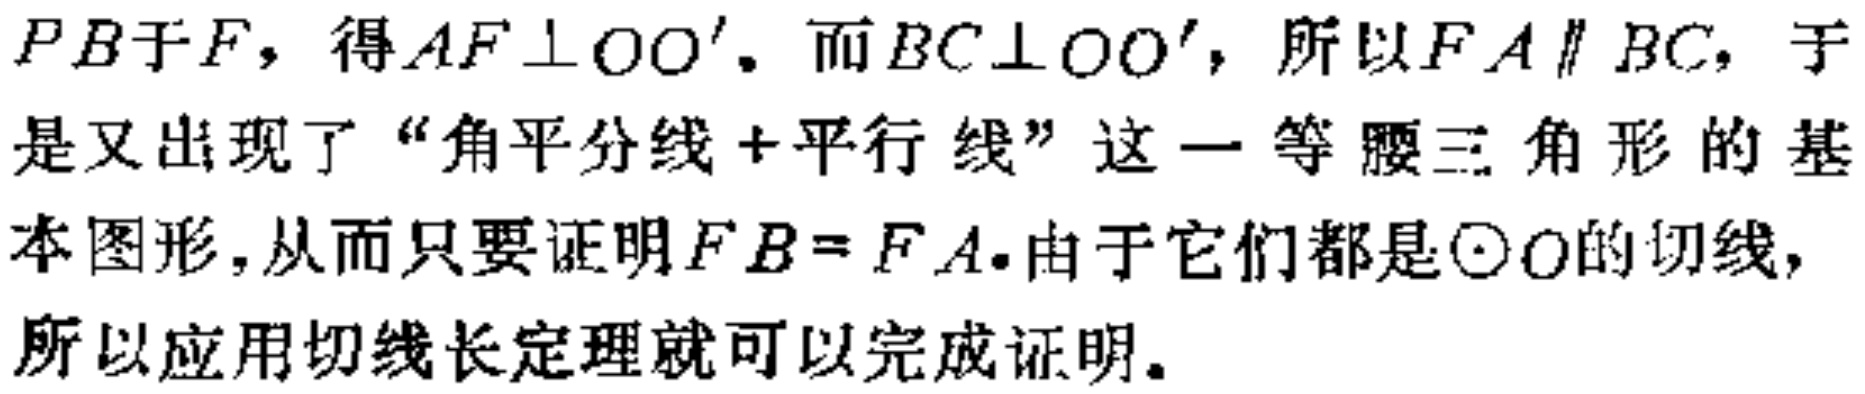
$PB$于$F$，得$AF\perp OO^{\prime}.$ 而$BC\perp OO^{\prime}$，所以$FA\parallel BC$，于是又出现了“角平分线+平行线”这一等腰三角形的基本图形，从而只要证明$FB = FA.$由于它们都是$\odot O$的切线，所以应用切线长定理就可以完成证明。